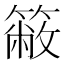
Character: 𥳆